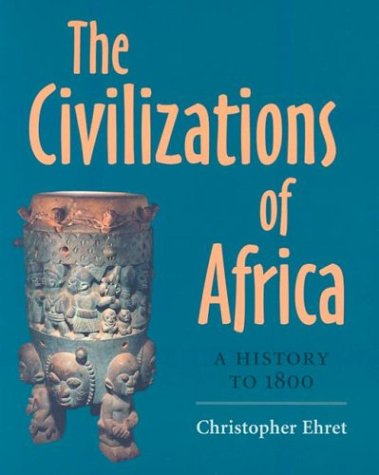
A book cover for The Civilizations of Africa: A History to 1800; Christopher Ehret; Literature & Fiction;